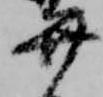
弁